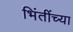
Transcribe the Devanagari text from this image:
भिंतींच्या